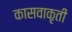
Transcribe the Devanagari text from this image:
कासवाकृती